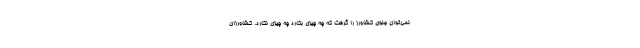
نمی‌توان جلوی کشاورز را گرفت که چه چیزی بکارد چه چیزی نکارد. کشاورزان